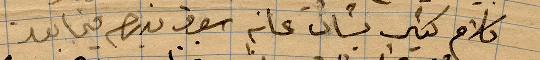
كلام كثير يشأن عانه بسوق نبهم فيما بعد